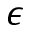
\epsilon